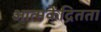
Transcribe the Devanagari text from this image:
आत्मकेंद्रितता